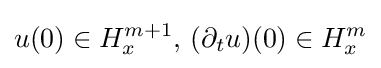
u(0)\in H_{x}^{m+1},\,(\partial _{t}u)(0)\in H_{x}^{m}